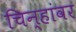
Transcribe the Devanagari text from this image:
चिन्हांवर